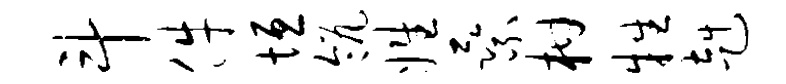
斗件垣瓴姓乘柑牲赳